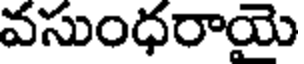
వసుంధరాయె